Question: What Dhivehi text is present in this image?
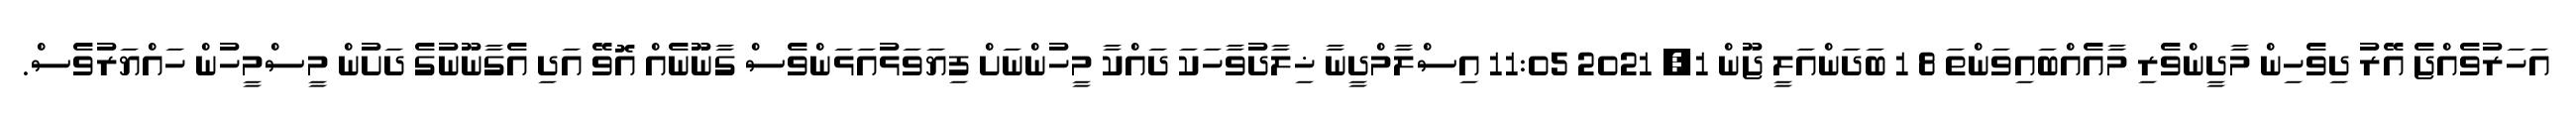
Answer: އަހަރުވެއްޖެ އޭރު ދިވެހިން މާދީންވެރި މާއެއްބައިވަންތަ 8 1 ބަދަންއަލީ ޖޫން 1, 2021 11:05 އިސްލާމްދީނާ ޚިލާދުވާހަކަ ދައްކާ މީހުންނަށް ފިޔަވަޅުއަޅަންވެސް ގާނޫނެއް އޮވޭ އަދި އެގާނޫނުގެ ދަށުން މީސްމީހުން ހައްޔަރުވެސް.